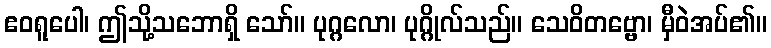
ဧဝရူပေါ၊ ဤသို့သဘောရှိ သော်။ ပုဂ္ဂလော၊ ပုဂ္ဂိုလ်သည်။ သေဝိတဗ္ဗော၊ မှီဝဲအပ်၏။